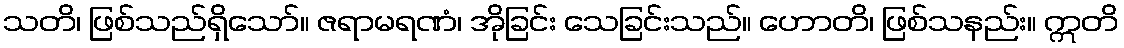
သတိ၊ ဖြစ်သည်ရှိသော်။ ဇရာမရဏံ၊ အိုခြင်း သေခြင်းသည်။ ဟောတိ၊ ဖြစ်သနည်း။ ဣတိ